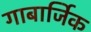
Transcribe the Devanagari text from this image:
गाबार्जिक